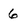
Character: 6